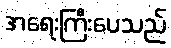
အရေးကြီးပေသည်